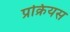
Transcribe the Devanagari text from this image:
प्रक्रियस